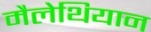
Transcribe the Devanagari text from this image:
मैलेथियान